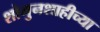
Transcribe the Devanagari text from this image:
शोगुनशाहीच्या